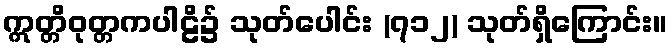
ဣတ္တိဝုတ္တကပါဠိ၌ သုတ်ပေါင်း (၇၁၂) သုတ်ရှိကြောင်း။